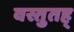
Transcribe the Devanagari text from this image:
वस्तुतह्